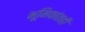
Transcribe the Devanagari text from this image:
भूमिकांतही